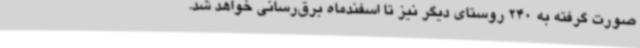
صورت گرفته به 240 روستای دیگر نیز تا اسفندماه برق‌رسانی خواهد شد.